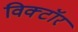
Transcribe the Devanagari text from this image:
विक्टॉर